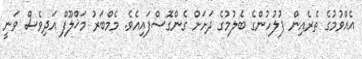
އެއްވުމުގެ ތެރެއިން ފުލުހުންގެ ބެލުމުގެ ދަށަށް ގެންގޮސްފައިއެވެ. މެމްބަރު މަޚްލޫފް އަދިވެސް ވަނީ